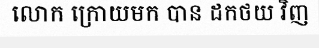
លោក ក្រោយមក បាន ដកថយ វិញ